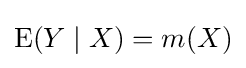
\operatorname {E} (Y\mid X)=m(X)